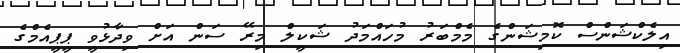
އިލެކްޝަންސް ކޮމިޝަންގެ މެމްބަރު މުހައްމަދު ޝަކީލް މިރޭ ސަން އަށް ވިދާޅުވީ ޕީޕީއެމްގެ